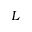
L